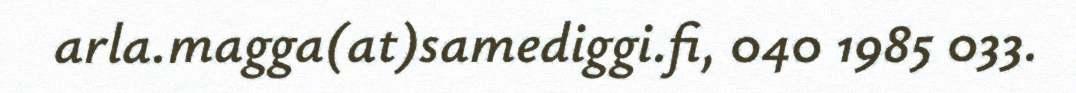
arla.magga(at)samediggi.fi, 040 1985 033.